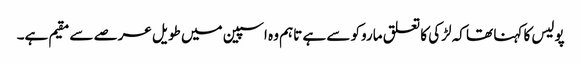
پولیس کا کہنا تھا کہ لڑکی کا تعلق ماروکو سے ہے تاہم وہ اسپین میں طویل عرصے سے مقیم ہے۔